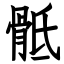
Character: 骶